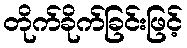
တိုက်ခိုက်ခြင်းဖြင့်